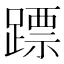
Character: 𨄏